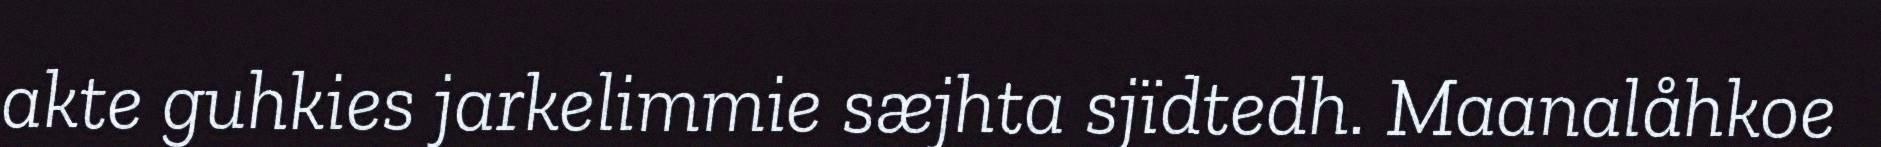
akte guhkies jarkelimmie sæjhta sjïdtedh. Maanalåhkoe